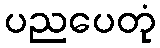
ပညပေတုံ